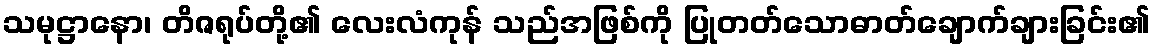
သမုဋ္ဌာနော၊ တိဇရုပ်တို့၏ လေးလံကုန် သည်အဖြစ်ကို ပြုတတ်သောဓာတ်ချောက်ချားခြင်း၏